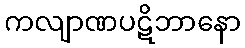
ကလျာဏပဋိဘာနော